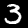
Digit: 3